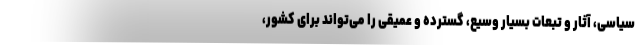
سیاسی، آثار و تبعات بسیار وسیع، گسترده و عمیقی را می‌تواند برای کشور،